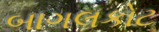
બાગલકોટ